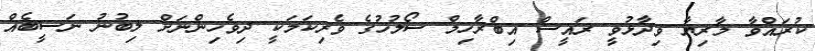
ކުރައްވާ މާރިޔާ ވިދާޅުވީ ރައީސް އިބްރާހިމް ސޯލުހުގެ ވެރިކަމަކީ ދިވެހިންނަށް ލިބުނު ނަސީބެއް